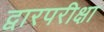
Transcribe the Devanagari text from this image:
द्वारपरीक्षा